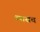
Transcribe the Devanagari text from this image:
व्यासच